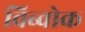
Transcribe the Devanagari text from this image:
विब्वोक